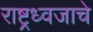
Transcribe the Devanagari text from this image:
राष्ट्रध्वजाचे